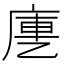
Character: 㐣